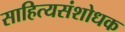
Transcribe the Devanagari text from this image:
साहित्यसंशोधक